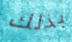
بذلك